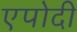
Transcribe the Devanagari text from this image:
एपोदी